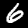
Label: 6